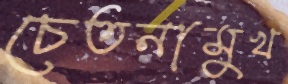
চেতনামুখ